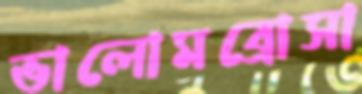
ভালোমব্রোসা